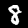
Label: 8